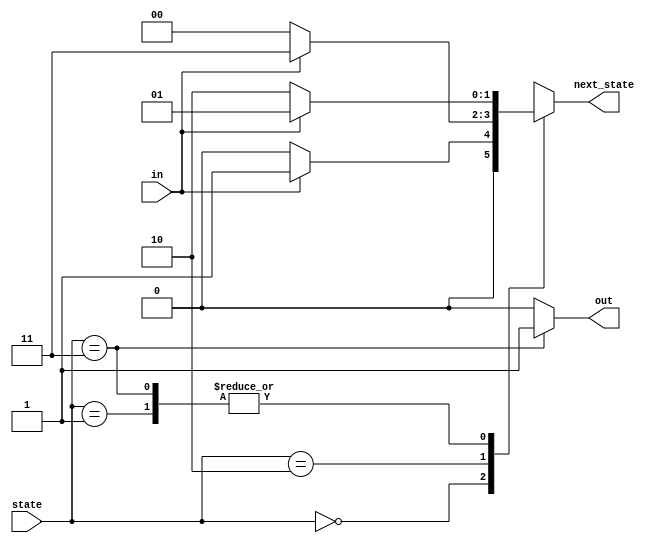
//The following is the state transition table for a Moore state machine with one input, one output, and four states. Use the following state encoding: A=2'b00, B=2'b01, C=2'b10, D=2'b11.

//Implement only the state transition logic and output logic (the combinational logic portion) for this state machine. Given the current state (state), compute the next_state and output (out) based on the state transition table.

//State    Next state    Output
//         in=0    in=1
//  A        A    B       0
//  B        C    B       0
//  C        A    D       0
//  D        C    B       1

module top_module(
    input in,
    input [1:0] state,
    output [1:0] next_state,
    output out); //

    parameter A=0, B=1, C=2, D=3;
    reg [1:0] next_state_t;
    
    assign next_state = next_state_t;

    // State transition logic: next_state = f(state, in)
    always @(*) begin
        // State transition logic
        case (state)
            A: next_state_t = (in == 0) ? A : B;
            B: next_state_t = (in == 0) ? C : B;
            C: next_state_t = (in == 0) ? A : D;
            D: next_state_t = (in == 0) ? C : B;
            default: next_state_t = A;
        endcase
    end

    // Output logic:  out = f(state) for a Moore state machine
    assign out = (state == D) ? 1 : 0;

endmodule